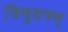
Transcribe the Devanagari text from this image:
त्रिभुवनम्